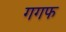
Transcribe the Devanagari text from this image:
गगफ